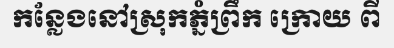
កន្លែងនៅស្រុកភ្នំព្រឹក ក្រោយ ពី